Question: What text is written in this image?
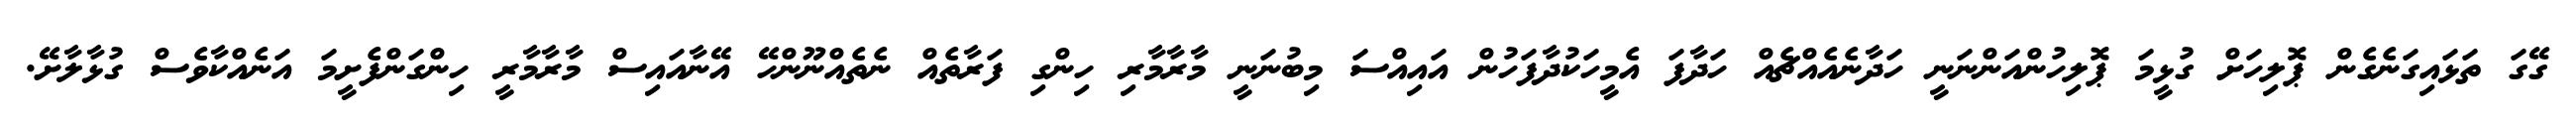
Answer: ގޭގަ ތަޅައިގަނެގެން ޕޮލިހަށް ގުޅީމަ ޕޮލިހުންއަންނަނީ ހަދާނެއެއްޗެއް ހަދާފަ އެމީހަކުދާފަހުން އައިއްސަ މިބުނަނީ މާރާމާރި ހިންގި ފަރާތެއް ނެތެއްނޫންހޭ އޭނާއައިސް މާރާމާރީ ހިންގަންފެށީމަ އަނެއްކާވެސް ގުޅާލާށޭ.